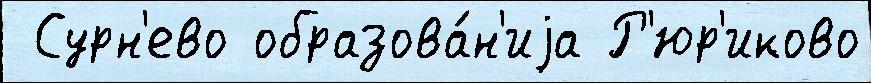
 Сурн'ево образова́н'иjа Р'юр'иково